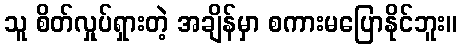
သူ စိတ်လှုပ်ရှားတဲ့ အချိန်မှာ စကားမပြောနိုင်ဘူး။